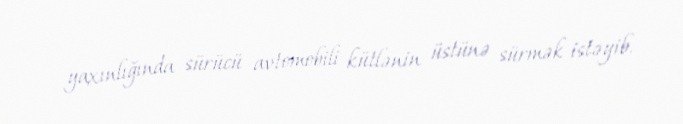
yaxınlığında sürücü avtomobili kütlənin üstünə sürmək istəyib.